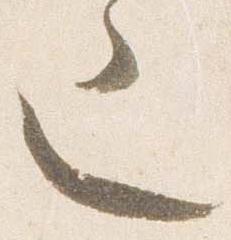
也